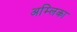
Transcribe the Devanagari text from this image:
अम्लिका